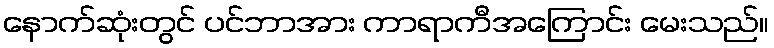
နောက်ဆုံးတွင် ပင်ဘာအား ကာရာကီအကြောင်း မေးသည်။